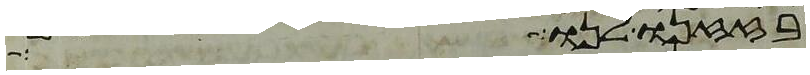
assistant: בזזנו לנו